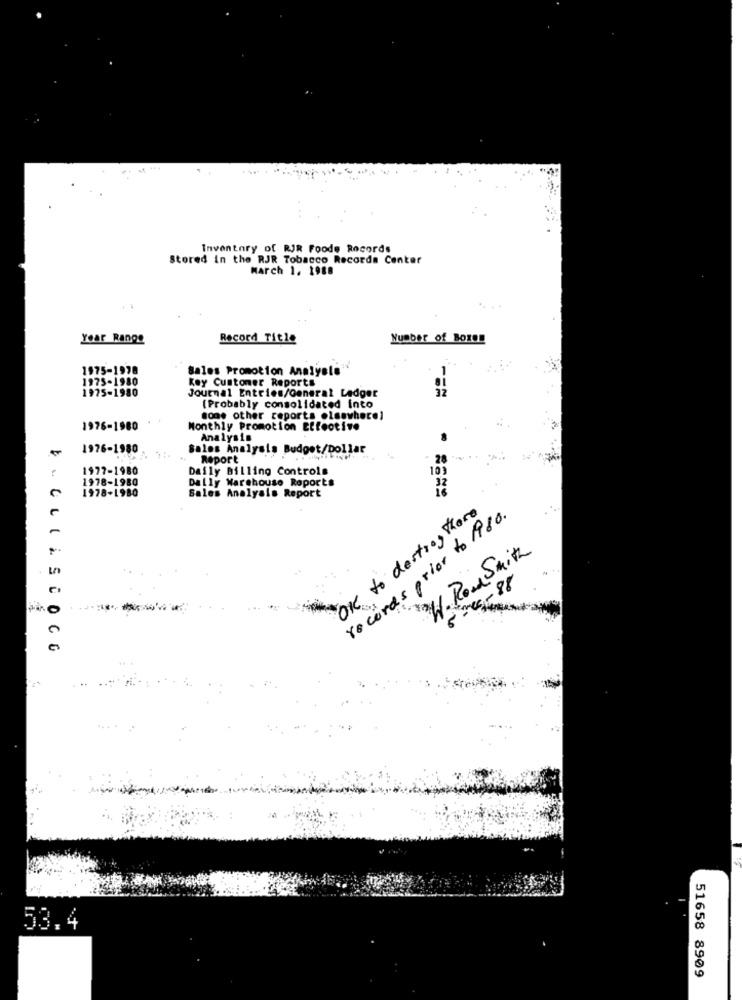
Inventory of RJR Foode Records
Stored in the RJR Tobacco Recorda Center
March 1. 1988
Year Range
Record Title
Number of Bords
1975-1978
Sales Promotion Analysti :
1975-1980
Key Customer Reports
1975-1980
Journal Entries/General Ledger
[Probably consolidated into
some other reports elsewhere]
1976-1980
Monthly Promotion Effective
Analysis
1976-1980
Sales Analysis Budget/Dollar
Report
28
1977-1980
Daily Billing Controls
103
1978-1980
1978-1980
Dally Warehouse Reports
Sales Analysis Report
OK to destroy More
records prior to lido.
W. Road Smith
mes- 88
----
V. GLILSCOCO
53.4
51658 8909